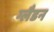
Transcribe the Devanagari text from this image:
ग्लैडन